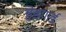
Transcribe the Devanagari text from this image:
हेडगार्ड